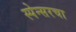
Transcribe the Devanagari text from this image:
स्पेन्सरचा